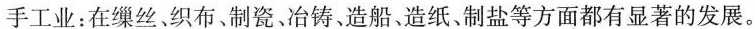
手工业：在缫丝、织布、制瓷。冶铸、造船，造纸、制盐等方面都有显著的发展。